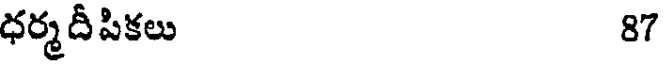
ధర్మదీపికలు 87